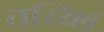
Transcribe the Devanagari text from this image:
तय्यिब़